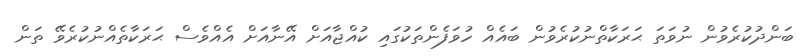
ބަންދުކުރެވުން ނުވަތަ ޙަރަކާތްނުކުރެވުން ބައެއް ހުވަފެންތަކުގައި ކުއްޖާއަށް އޭނާއަށް އެއްވެސް ޙަރަކާތެއްނުކުރެވޭ ތަން